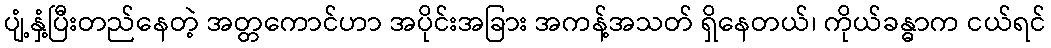
ပျံ့နှံ့ပြီးတည်နေတဲ့ အတ္တကောင်ဟာ အပိုင်းအခြား အကန့်အသတ် ရှိနေတယ်၊ ကိုယ်ခန္ဓာက ငယ်ရင်